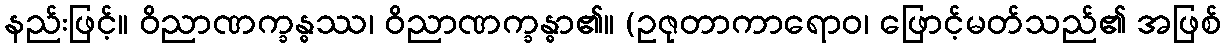
နည်းဖြင့်။ ဝိညာဏက္ခန္ဓဿ၊ ဝိညာဏက္ခန္ဓာ၏။ (ဥဇုတာကာရောဝ၊ ဖြောင့်မတ်သည်၏ အဖြစ်